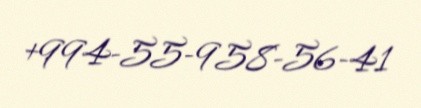
+994-55-958-56-41